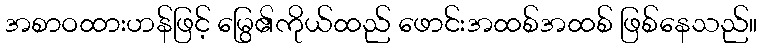
အစာဝထားဟန်ဖြင့် မြွေ၏ကိုယ်ထည် ဖောင်းအထစ်အထစ် ဖြစ်နေသည်။